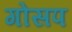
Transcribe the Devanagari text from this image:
गोसप